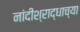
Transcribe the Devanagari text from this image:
नांदीश्राद्धाच्या